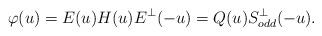
LaTeX: \begin{align*}&\varphi(u)= E(u)H(u) E^{\perp}(-u)=Q(u) S_{odd}^{\perp}(-u).\end{align*}